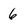
Character: 6